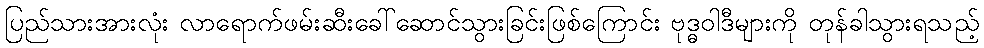
ပြည်သားအားလုံး လာရောက်ဖမ်းဆီးခေါ်ဆောင်သွားခြင်းဖြစ်ကြောင်း ဗုဒ္ဓဝါဒီများကို တုန်ခါသွားရသည့်